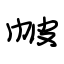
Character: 帔